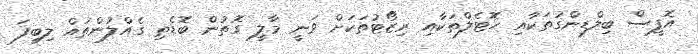
އޮފީސް ބިލްޑިންގުތަކާއި ހޮޓެލްތަކާއި ރިޒޯޓުތަކަށް ވަނީ މާލީ ގޮތުން ބޮޑެތި ގެއްލުންތައް ލިބިފަ